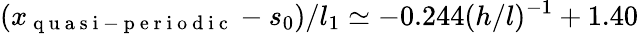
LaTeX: (x_{\mathrm{~q~u~a~s~i~-~p~e~r~i~o~d~i~c~}}-s_{0})/l_{1}\simeq-0.244(h/l)^{-1}+1.40